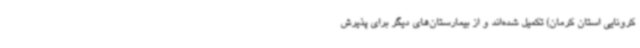
کرونایی استان کرمان) تکمیل شده‌اند و از بیمارستان‌های دیگر برای پذیرش